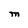
Character: M